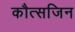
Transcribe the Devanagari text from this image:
कौत्सजिन